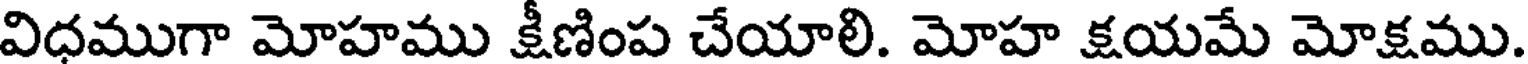
విధముగా మోహము క్షీణింప చేయాలి. మోహ క్షయమే మోక్షము.